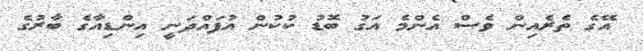
އޭގެ ތެރެއިން ވެސް އެންމެ އަގު ބޮޑު ކުކުން އުފައްދަނީ އިންޑިއާގެ ބާރުގެ